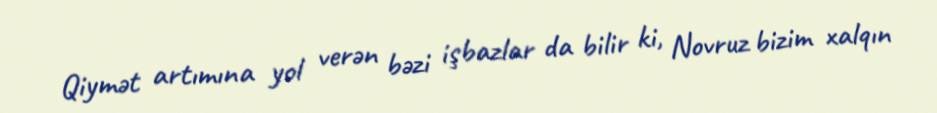
Qiymət artımına yol verən bəzi işbazlar da bilir ki, Novruz bizim xalqın